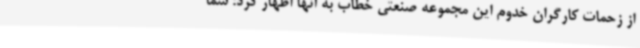
از زحمات کارگران خدوم این مجموعه صنعتی خطاب به آنها اظهار کرد: شما